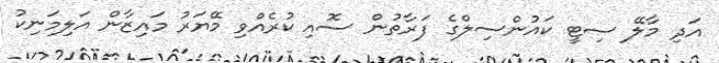
އަދި މާލޭ ސިޓީ ކައުންސިލްގެ ފަރާތުން ސޮއި ކުރެއްވި މޭޔަރު މައިޒާން އަލިމަނިކު